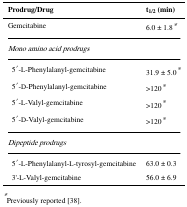
| Prodrug/Drug | t1/2 (min) |
 | --- | --- |
 | Gemcitabine | 6.0 ± 1.8* |
 | Mono amino acid prodrugs |  |
 | 5′-l-Phenylalanyl-gemcitabine | 31.9 ± 5.0* |
 | 5′-d-Phenylalanyl-gemcitabine | >120* |
 | 5′-l-Valyl-gemcitabine | >120* |
 | 5′-d-Valyl-gemcitabine | >120* |
 | Dipeptide prodrugs |  |
 | 5′-l-Phenylalanyl-l-tyrosyl-gemcitabine | 63.0 ± 0.3 |
 | 3'-l-Valyl-gemcitabine | 56.0 ± 6.9 |